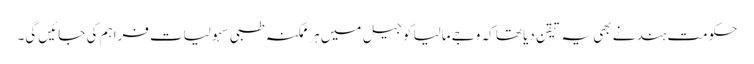
حکومت ہند نے بھی یہ تیقن دیا تھا کہ وجے مالیا کو جیل میں ہر ممکنہ طبی سہولیات فراہم کی جائیں گی۔